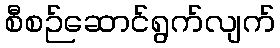
စီစဉ်ဆောင်ရွက်လျက်